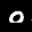
Label: 0